Vaccination in Bombay 1869-1873 - 1869-1873
Year: 1869
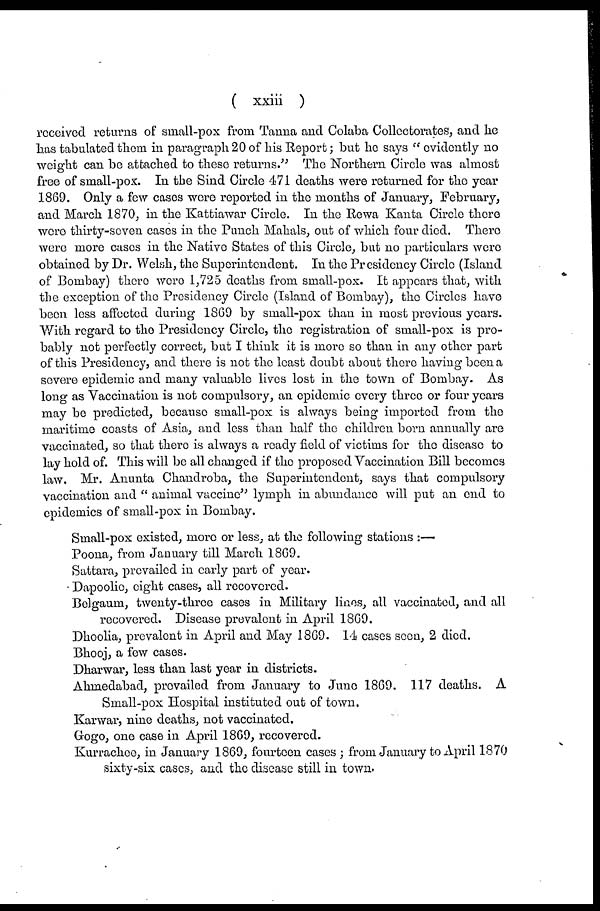
( xxiii )
received returns of small-pox from Tanna and Colaba Collectorates, and he
has tabulated them in paragraph 20 of his Report; but he says " evidently no
weight can be attached to these returns." The Northern Circle was almost
free of small-pox. In the Sind Circle 471 deaths were returned for the year
1869. Only a few cases were reported in the months of January, February,
and March 1870, in the Kattiawar Circle. In the Rewa Kanta Circle there
were thirty-seven cases in the Punch Mahals, out of which four died. There
were more cases in the Native States of this Circle, but no particulars were
obtained by Dr. Welsh, the Superintendent. In the Presidency Circle (Island
of Bombay) there were 1,725 deaths from small-pox. It appears that, with
the exception of the Presidency Circle (Island of Bombay), the Circles have
been less affected during 1869 by small-pox than in most previous years.
With regard to the Presidency Circle, the registration of small-pox is pro-
bably not perfectly correct, but I think it is more so than in any other part
of this Presidency, and there is not the least doubt about there having been a
severe epidemic and many valuable lives lost in the town of Bombay. As
long as Vaccination is not compulsory, an epidemic every three or four years
may be predicted, because small-pox is always being imported from the
maritime coasts of Asia, and less than half the children born annually are
vaccinated, so that there is always a ready field of victims for the disease to
lay hold of. This will be all changed if the proposed Vaccination Bill becomes
law. Mr. Anunta Chandroba, the Superintendent, says that compulsory
vaccination and " animal vaccine" lymph in abundance will put an end to
epidemics of small-pox in Bombay.
Small-pox existed, more or less, at the following stations :—
Poona, from January till March 1869.
Sattara, prevailed in early part of year.
Dapoolie, eight cases, all recovered.
Belgaum, twenty-three cases in Military lines, all vaccinated, and all
recovered. Disease prevalent in April 1869.
Dhoolia, prevalent in April and May 1869. 14 cases seen, 2 died.
Bhooj, a few cases.
Dharwar, less than last year in districts.
Ahmedabad, prevailed from January to June 1869. 117 deaths. A
Small-pox Hospital instituted out of town.
Karwar, nine deaths, not vaccinated.
Gogo, one case in April 1869, recovered.
Kurrachee, in January 1869, fourteen cases ; from January to April 1870
sixty-six cases, and the disease still in town.